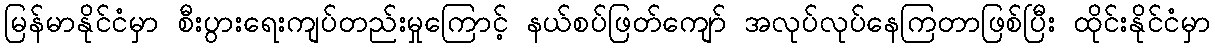
မြန်မာနိုင်ငံမှာ စီးပွားရေးကျပ်တည်းမှုကြောင့် နယ်စပ်ဖြတ်ကျော် အလုပ်လုပ်နေကြတာဖြစ်ပြီး ထိုင်းနိုင်ငံမှာ